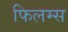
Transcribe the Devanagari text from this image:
फिलम्स